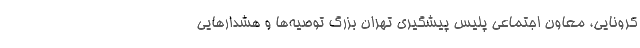
کرونایی، معاون اجتماعی پلیس پیشگیری تهران بزرگ توصیه‌ها و هشدارهایی